Indian journal of veterinary science and animal husbandry - Volumes 22-23, 1952-1953
Year: 1952
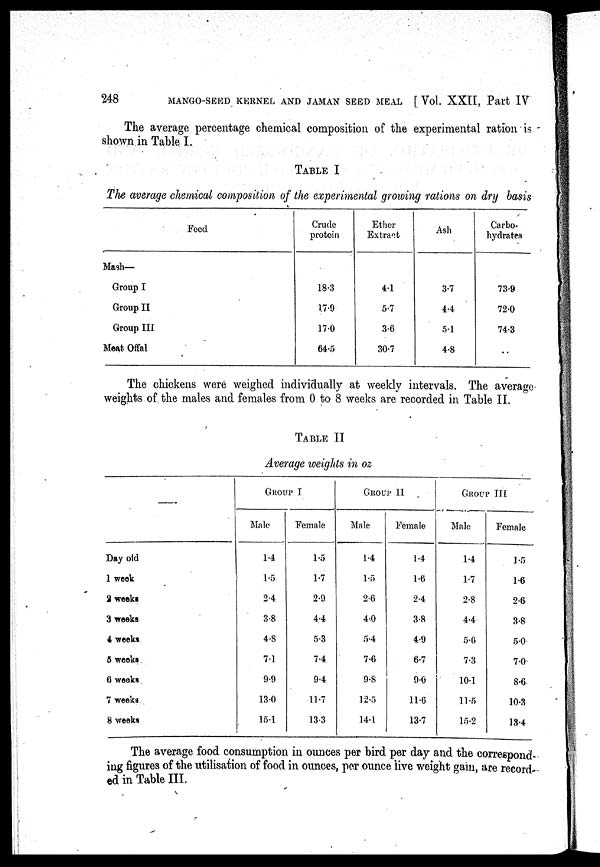
248
MANGO-SEED KERNEL AND JAMAN SEED MEAL [ Vol. XXII, Part IV
The average percentage chemical composition of the experimental ration is
shown in Table I.
TABLE I
The average chemical composition of the experimental growing rations on dry basis
Feed
Mash—
Group I
Group II
Group III
Meat Offal
Crude
protein
18.3
17.9
17.0
64.5
Ether
Extraot
4.1
5.7
3.6
30.7
Ash
3.7
4.4
5.1
4.8
Carbo-
hydrates
73.9
72.0
74.3
..
The chickens were weighed individually at weekly intervals. The average
weights of the males and females from 0 to 8 weeks are recorded in Table II.
TABLE II
Average weiglds in oz
—
Day old
1 week
2 weeks
3 weeks
4 weeks
5 weeks
6 weeks
7 weeks
8 weeks
GROUP I
Male
1.4
1.5
2.4
3.8
4.8
7.1
9.9
13.0
15.1
Female
1.5
1.7
2.9
4.4
5.3
7.4
9.4
11.7
13.3
GROUP II
Male
1.4
1.5
2.6
4.0
5.4
7.6
9.8
12.5
14.1
Female
1.4
1.6
2.4
3.8
4.9
6.7
9.0
11.6
13.7
GROUP III
Male
1.4
1.7
2.8
4.4
5.6
7.3
10.1
11.5
l5.2
Female
1.5
1.6
2.6
3.8
5.0
7.0
8.6
10.3
18.4
The average food consumption in ounces per bird per day and the correspond-
ing figures of the utilisation of food in ounces, per ounce live weight gam, are record-
ed in Table III.